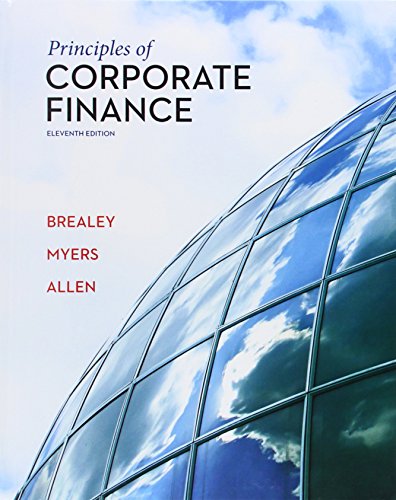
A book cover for Principles of Corporate Finance (The Mcgraw-Hill/Irwin Series in Finance, Insurance, and Real Estate); Richard Brealey; Business & Money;